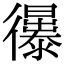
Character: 忁